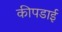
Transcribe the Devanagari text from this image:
कीपडाई